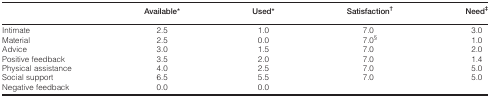
<table><thead><tr><td></td><td><b>Available*</b></td><td><b>Used*</b></td><td><b>Satisfaction<sup>†</sup></b></td><td><b>Need<sup>‡</sup></b></td></tr></thead><tbody><tr><td>Intimate</td><td>2.5</td><td>1.0</td><td>7.0</td><td>3.0</td></tr><tr><td>Material</td><td>2.5</td><td>0.0</td><td>7.0<sup>§</sup></td><td>1.0</td></tr><tr><td>Advice</td><td>3.0</td><td>1.5</td><td>7.0</td><td>2.0</td></tr><tr><td>Positive feedback</td><td>3.5</td><td>2.0</td><td>7.0</td><td>1.4</td></tr><tr><td>Physical assistance</td><td>4.0</td><td>2.5</td><td>7.0</td><td>5.0</td></tr><tr><td>Social support</td><td>6.5</td><td>5.5</td><td>7.0</td><td>5.0</td></tr><tr><td>Negative feedback</td><td>0.0</td><td>0.0</td><td></td><td></td></tr></tbody></table>